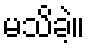
မသိခဲ့။